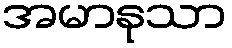
အမာနုသာ